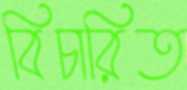
বিচারিত